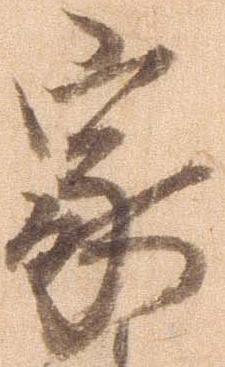
家